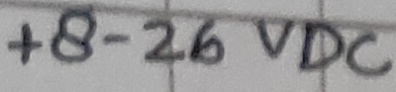
Text: +8-26VDC